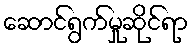
ဆောင်ရွက်မှုဆိုင်ရာ